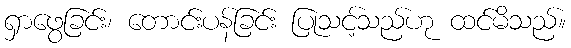
ရှာဖွေခြင်း၊ တောင်းပန်ခြင်း ပြုသင့်သည်ဟု ထင်မိသည်။